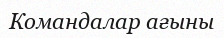
Командалар ағыны